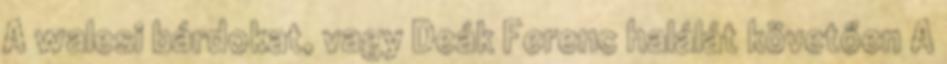
A walesi bárdokat, vagy Deák Ferenc halálát követően A